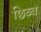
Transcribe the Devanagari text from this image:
छिब्ब